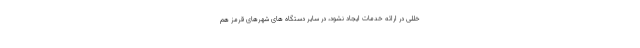
خللی در ارائه خدمات ایجاد نشود، در سایر دستگاه های شهرهای قرمز هم